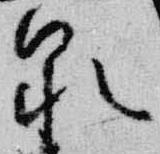
泉